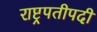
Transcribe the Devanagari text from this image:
राष्ट्रपतीपदी